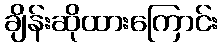
ချိန်းဆိုထားကြောင်း